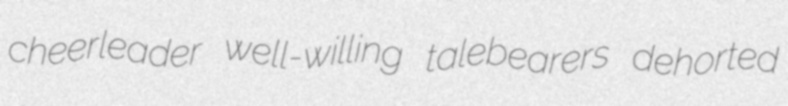
cheerleader well-willing talebearers dehorted